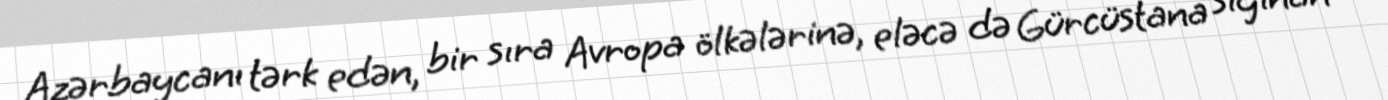
Azərbaycanı tərk edən, bir sıra Avropa ölkələrinə, eləcə də Gürcüstana sığınan